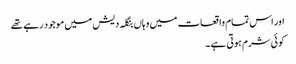
اور اس تمام واقعات میں وہاں بنگلہ دیش میں موجود رہے تھے
کوئی شرم ہوتی ہے ۔